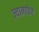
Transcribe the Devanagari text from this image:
ज्यामार्फत